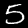
Digit: 5